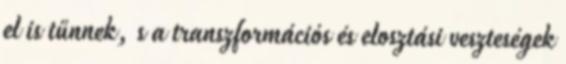
el is tűnnek, s a transzformációs és elosztási veszteségek